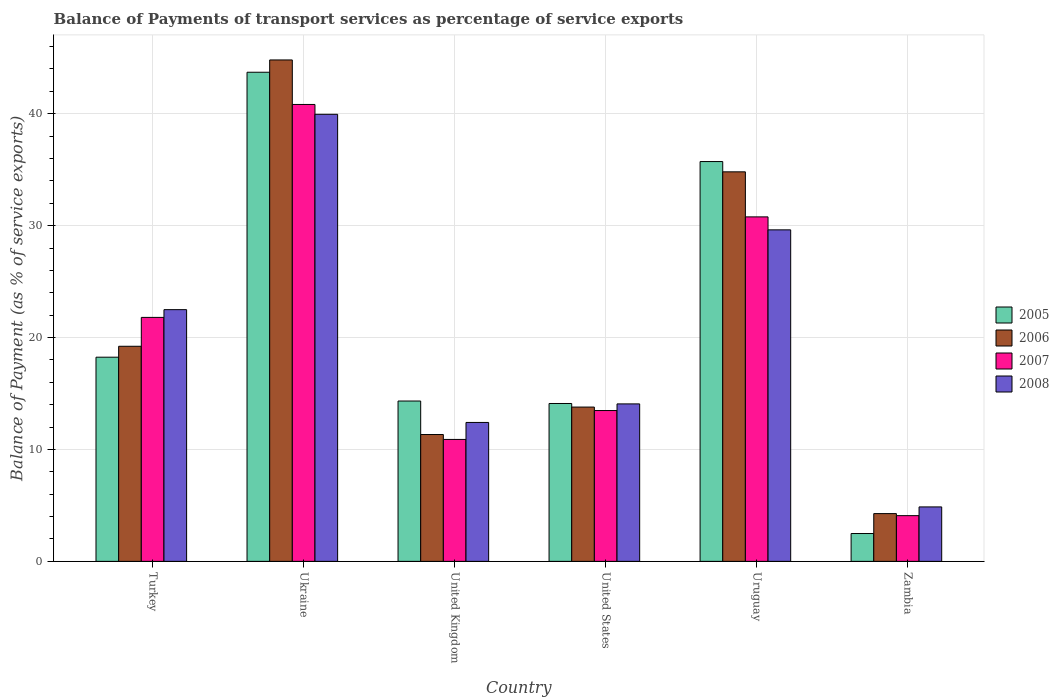
| Country | 2005 | 2006 | 2007 | 2008 |
 | --- | --- | --- | --- | --- |
 | Turkey | 18.2 | 19.2 | 21.8 | 22.5 |
 | Ukraine | 43.7 | 44.8 | 40.8 | 39.9 |
 | United Kingdom | 14.3 | 11.3 | 10.9 | 12.4 |
 | United States | 14.1 | 13.8 | 13.5 | 14.1 |
 | Uruguay | 35.7 | 34.8 | 30.8 | 29.6 |
 | Zambia | 2.49 | 4.27 | 4.08 | 4.87 |